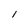
Character: 1